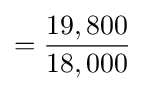
={\frac {19,800}{18,000}}